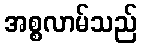
အစ္စလာမ်သည်